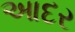
આદર